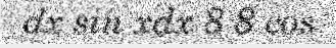
dx sin xdx 8 8 cos